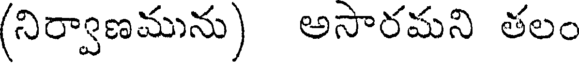
(నిర్వాణమును) అసారమని తలం